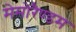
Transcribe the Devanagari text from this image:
मेमोरैण्डम